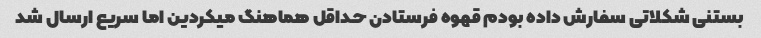
بستنی شکلاتی سفارش داده بودم قهوه فرستادن حداقل هماهنگ میکردین اما سریع ارسال شد